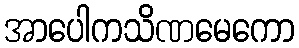
အာပေါကသိဏမေကော